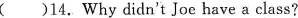
( )14.Why didn't Joe have a class?